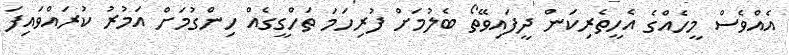
އެއްވެސް މީހެއްގެ އެހީތެރިކަން ދީފައިވޭތޯ ބެލުމަށް ފުރިހަމަ ތަހްގީގެއް ހިންގުމަށް އަމުުރު ކުރައްވައިފަ